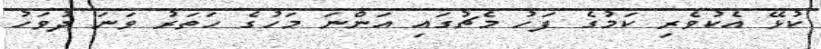
ކުޅޭ އެކުވެރި ކަމުގެ ފަހު މެޗުގައި އަންނަ މަހުގެ ހަތަރު ވަނަ ދުވަހު